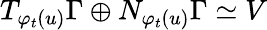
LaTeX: T_{\varphi_{t}(u)}\Gamma\oplus N_{\varphi_{t}(u)}\Gamma\simeq V